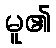
မူ၏